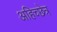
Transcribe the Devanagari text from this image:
अहिच्छेत्र